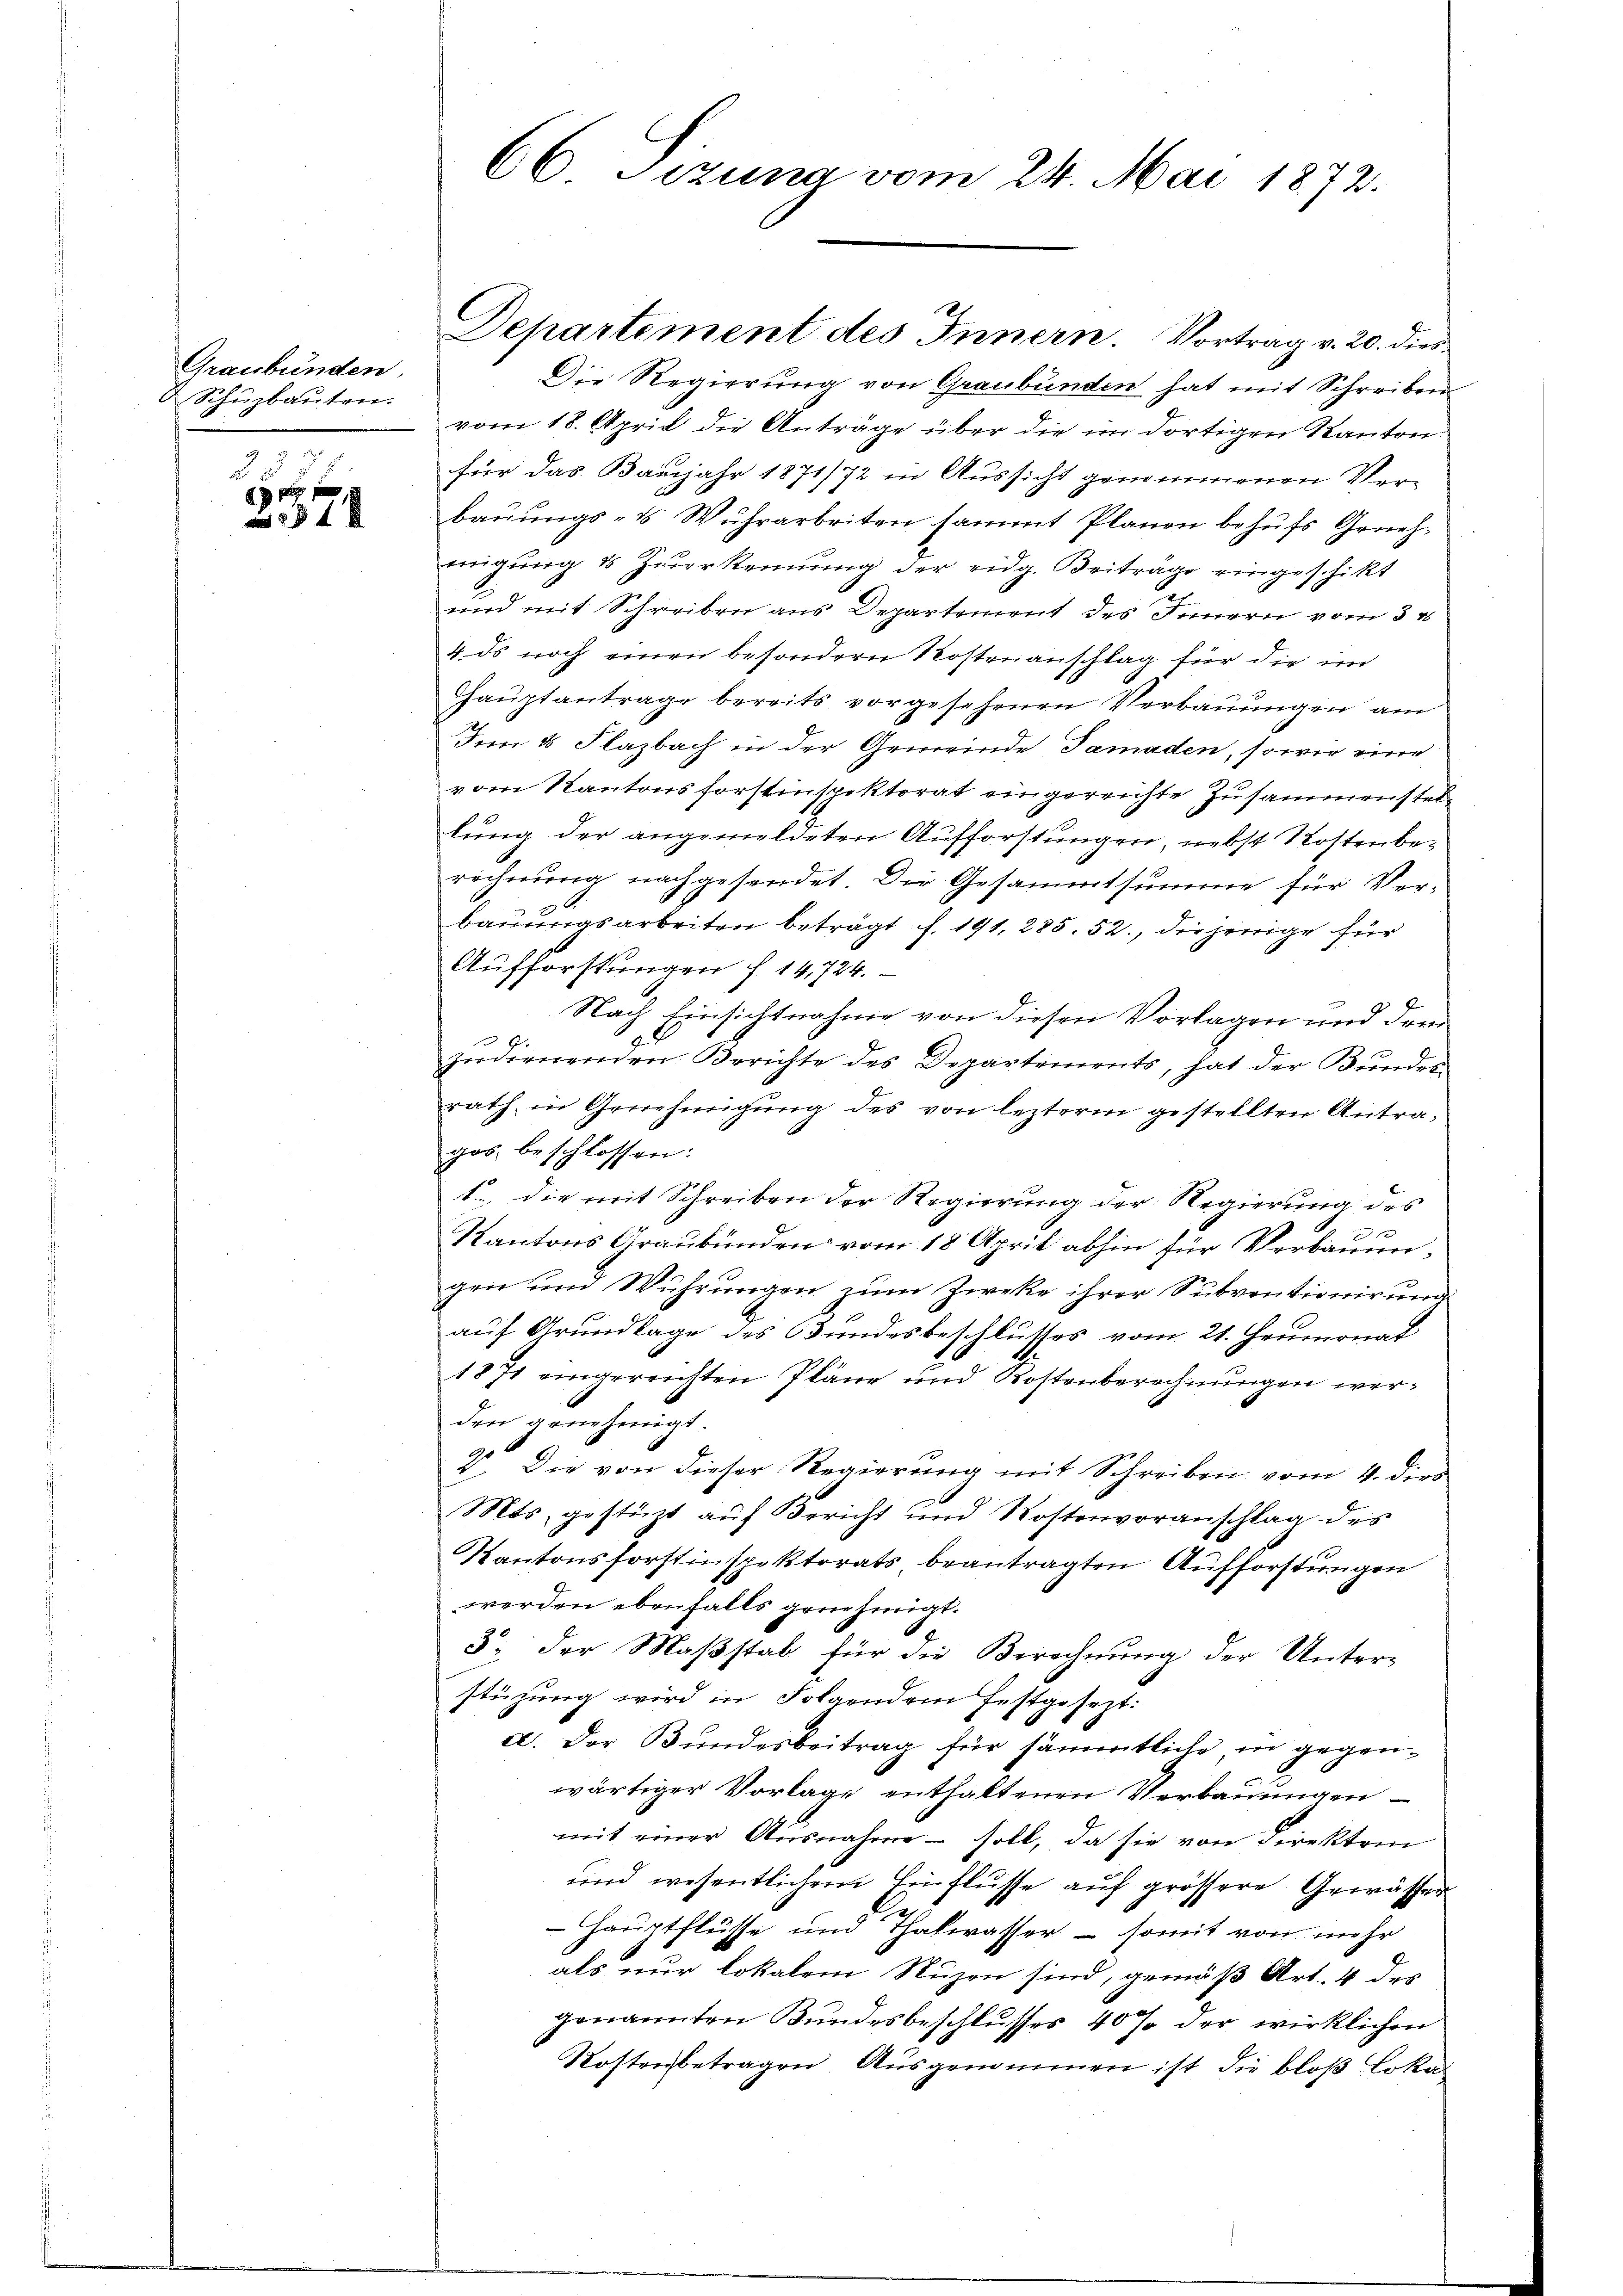
Graubünden.
2 Schüzbauten.

25
0 x x
 24 x

66 Sizung vom 24. Mai 1872.

Departement des Innern. Vortrag v. 20. dies¬
Die Regierung von Graubünden hat mit Schreiben
vom 18. April die Anträge über die im dortigen Kanton
für das Banjahr 1871/72 in Aussicht genommenen Verbauungs- & Wuhrarbeiten sammt Planen behufs Genehmigung & zuerkennung der eidg. Beiträge eingeschikt
und mit Schreiben aus Departement des Innern vom 3 t
4. ds noch einen besondern Kostenanschlag für die im
Hauptantrage bereits vorgesehenen Verbauungen am
Ien 8 Flazbach in der Gemeinde Samaden, sowie eine
vom Kantonsforstinspektorat eingereichte Zusammenstellung der angemeldeten Aufforstungen, nebst Kostenbe-
rechnung nachgesendet. Die Gesammtsumme für Verbauungsarbeiten beträgt f. 191, 285. 52, diejenige für
Aufforstungen f. 14,724.
Nach Einsichtnahme von diesen Vorlagen und dem
9
a
indernenden Berichte des Departements, hat der Bundes-
rath, in Genehmigung des von lezterm gestellten Antrages beschlossen:
t., die mit Schreiben der Regierung der Regierung des
1
Kantons Graubünden vom 18. April abhin für Verbaumigen um Wuhrungen zum Zweke ihrer Subventionirung
auf Grundlage des Bundesbeschlusses vom 21. Heumonat
1871 eingereichten Pläne und Kostenberechnungen werden genehmigt.
V. Die von dieser Regierung mit Schreiben vom 4. dies
Mts. gestüzt aŭf Bericht und Kostenvoranschlag des
Kantonsforstinspektorats beantragten Aufforstungen
werden ebenfalls genehmigt.
3. der Maβstab für die Berechnŭng der Unterstüzung wird in Folgendem festgesezt:
a. Der Bundesbeitrag für sämmtliche in gegenwärtiger Vorlage enthaltenen Verbauungen
mit einer Ausnahme - soll, da sie von Direktor
und wesentlichem Einflüsse aŭf grössere Gewässer
2
 Hauptflüsse und Thalwasser – somit von mehr
als nur lokalem Nuzen sind, gemäß Art. 4 des
genannten Bundesbeschlusses 40% der wirklichen
Kostenbetragen Ausgenommen ist die bloß Loka